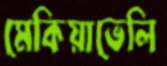
মেকিয়াভেলি